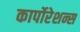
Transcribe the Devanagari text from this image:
कार्पोरेशन्स